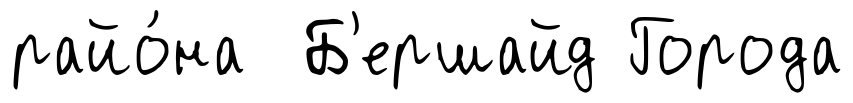
райо́на Б'ершайд Города